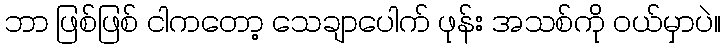
ဘာ ဖြစ်ဖြစ် ငါကတော့ သေချာပေါက် ဖုန်း အသစ်ကို ဝယ်မှာပဲ။